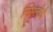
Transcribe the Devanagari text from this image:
सिग्लोई